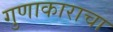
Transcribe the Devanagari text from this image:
गुणाकाराचा